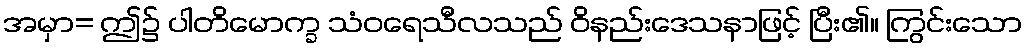
အမှာ= ဤ၌ ပါတိမောက္ခ သံဝရေသီလသည် ဝိနည်းဒေသနာဖြင့် ပြီး၏။ ကြွင်းသော